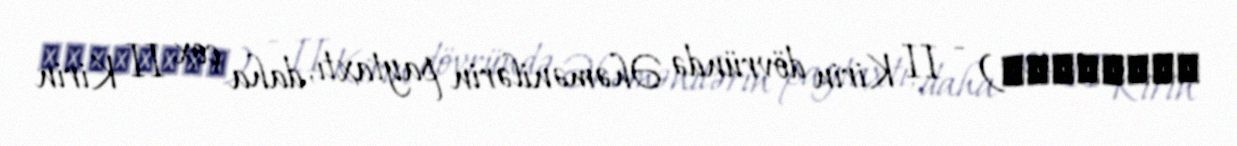
پاسارگاد) - II Kirin dövründə Əhəmənilərin paytaxtı, daha çox II Kirin